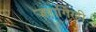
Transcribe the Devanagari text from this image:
जहागिरही